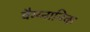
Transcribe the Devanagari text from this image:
वैग्य्नानिक